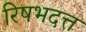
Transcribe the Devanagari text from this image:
रिषभदत्त